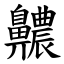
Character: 齈